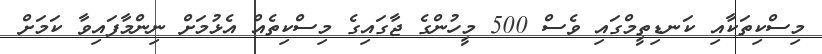
މިސްކިތަކާއި ކަނޑިތީމްގައި ވެސް 500 މީހުންގެ ޖާގައިގެ މިސްކިތެއް އެޅުމަށް ނިންމާފައިވާ ކަމަށް